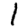
Digit: 1